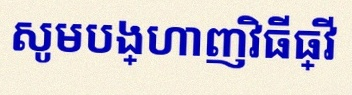
សូមបង្ហាញវិធីធ្វើ